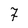
Character: 7